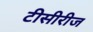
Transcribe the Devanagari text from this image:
टीसीरीज